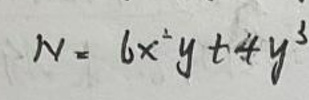
\[
N = 6x^{2}y + 4y^{3}
\]